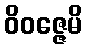
ဝိဝဇ္ဇေမိ